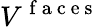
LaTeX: V^{\mathrm{~f~a~c~e~s~}}